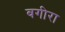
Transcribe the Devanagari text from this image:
बगीरा